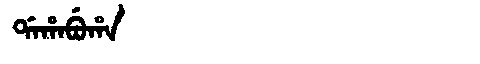
Manchu: ᡩᠠᡥᠠᠪᡠᡥᠠ
Romanization: DAHABUHA